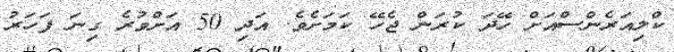
ކްލިއަރެންސްއަށް ހޭދަ ކުރަން ޖެހޭ ކަމަށެވެ. އަދި 50 އަށްވުރެ ގިނަ ފަހަރު